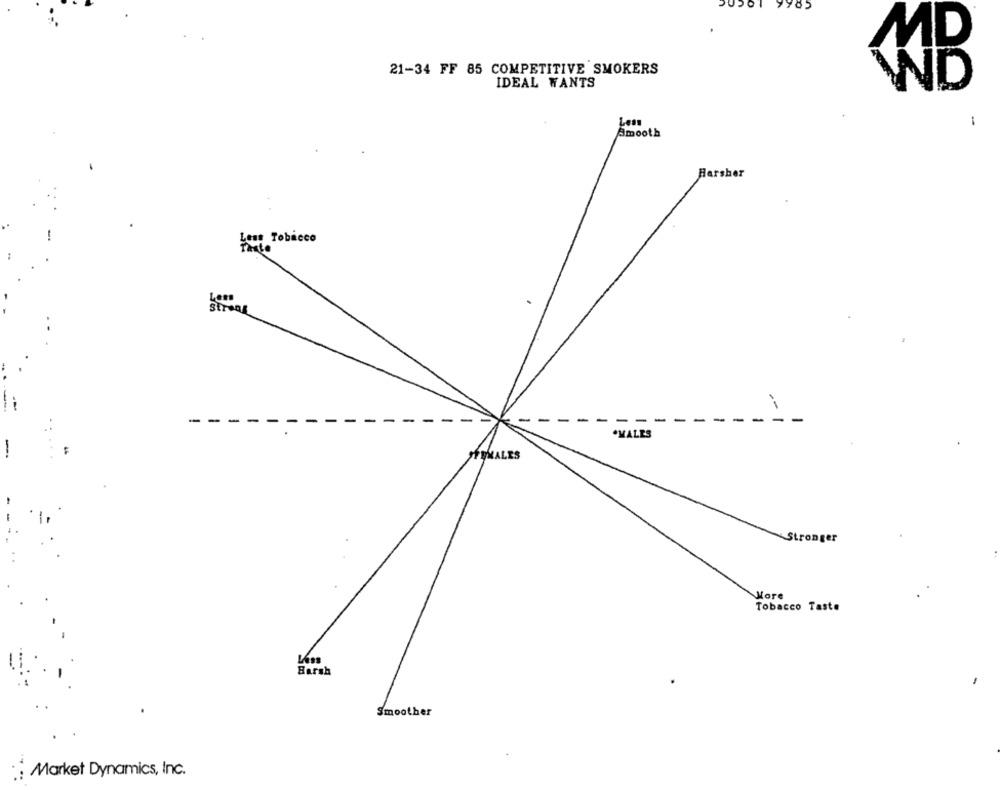
85
MD
21-34 FF 85 COMPETITIVE SMOKERS
IDEAL WANTS
WD
Leon
-
Smooth
Harsher
Less Tobacco
Tinte
Less
Stroop
---
.MALES
FEMALES
conger
More
Tobacco Taste
Harsh
Smoother
Market Dynamics, Inc.